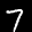
Label: 7